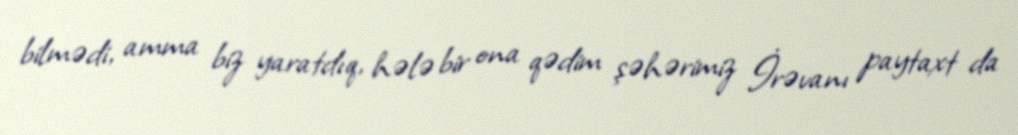
bilmədi, amma biz yaratdıq, hələ bir ona qədim şəhərimiz İrəvanı paytaxt da